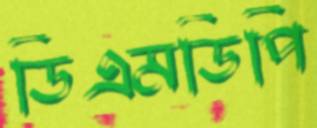
ডিএমডিপি